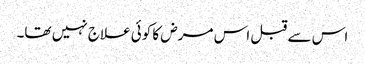
اس سے قبل اس مرض کا کوئی علاج نہیں تھا۔